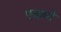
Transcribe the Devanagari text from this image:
एकणे